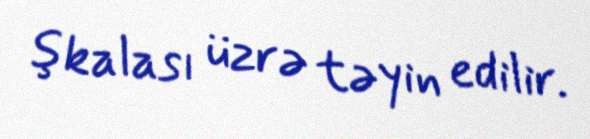
şkalası üzrə təyin edilir.